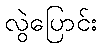
လွဲပြောင်း